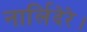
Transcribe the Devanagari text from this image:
नार्लिदेरे।